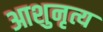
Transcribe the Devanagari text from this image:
आशुनृत्य